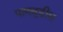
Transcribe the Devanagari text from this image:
पाणबुडीस